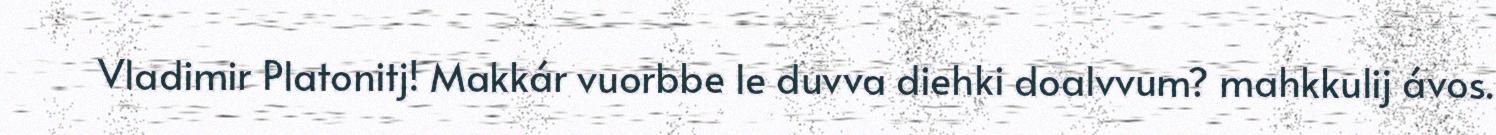
Vladimir Platonitj! Makkár vuorbbe le duvva diehki doalvvum? mahkkulij ávos.